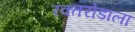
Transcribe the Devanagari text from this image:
रक्तरोडाला